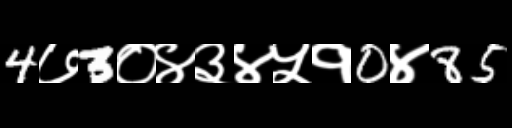
Text: 4७3०४३४५१0४85